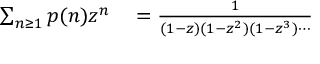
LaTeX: \begin{array} { r l } { \sum _ { n \geq 1 } p ( n ) z ^ { n } } & { { } = { \frac { 1 } { ( 1 - z ) ( 1 - z ^ { 2 } ) ( 1 - z ^ { 3 } ) \cdots } } } \end{array}